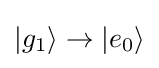
|g_{1}\rangle \rightarrow |e_{0}\rangle